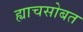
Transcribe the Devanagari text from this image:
ह्याचसोबत